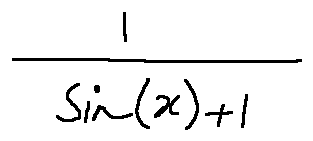
\frac { 1 } { \sin ( x ) + 1 }